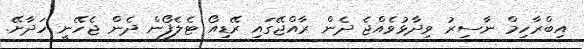
އިބްރާހިމް ނާސިރު ވިދާޅުވެއްޖެ ދެން ރާއްޖޭގައި ރޭޑިއޯ ޓެލެފޯން ދެން ޖެހޭނީ ހަދާށޭ.